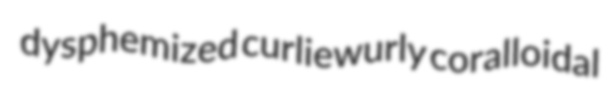
dysphemized curliewurly coralloidal